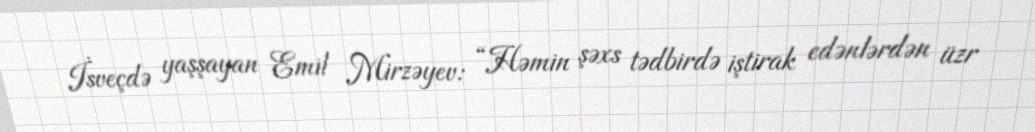
İsveçdə yaşşayan Emil Mirzəyev: “Həmin şəxs tədbirdə iştirak edənlərdən üzr